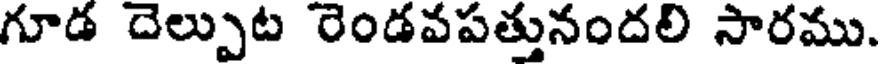
గూడ దెల్పుట రెండవపత్తునందలి సారము.